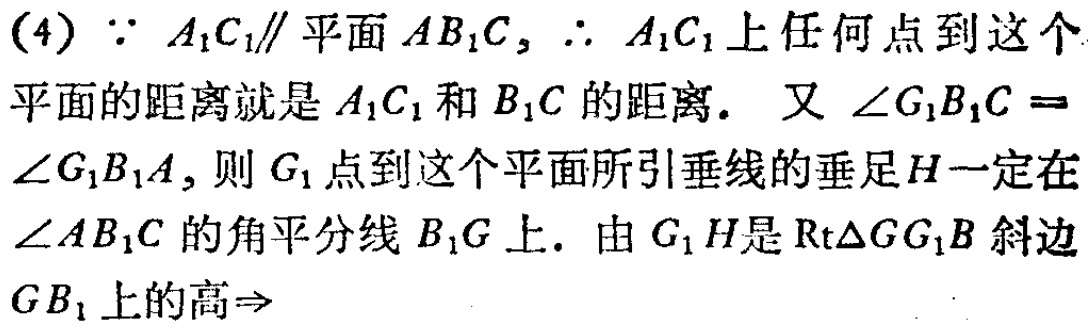
(4) $\because A_{1}C_{1}\parallel 平面AB_{1}C,\therefore A_{1}C_{1}$上任何点到这个
平面的距离就是$A_{1}C_{1}$和$B_{1}C$的距离. 又$\angle G_{1}B_{1}C =$
$\angle G_{1}B_{1}A$, 则$G_{1}$点到这个平面所引垂线的垂足$H$一定在
$\angle AB_{1}C$的角平分线$B_{1}G$上. 由$G_{1}H$是$\mathrm{Rt}\triangle GG_{1}B$斜边
$GB_{1}$上的高$\Rightarrow$